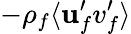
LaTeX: -\rho_{f}\langle\mathbf{u}_{f}^{\prime}v_{f}^{\prime}\rangle